Report of the King Institute of Preventive Medicine, Guindy
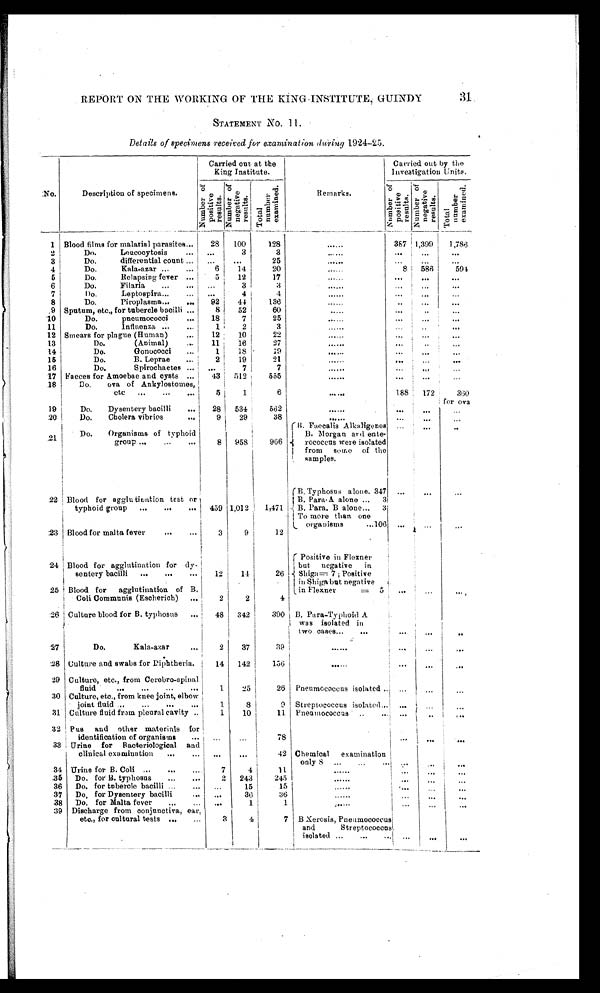
REPORT ON THE WORKING OF THE KING-INSTITUTE, GUINDY
STATEMENT No. 11.
Details of specimens received for examination during 1924-25.
Carried out at the
King Institute.
Investigation
Carried out by the
Units.
No.
Description of specimens.
N u m b e r o f p o s i t i v e r e s u l t s . N u m b e r o f n e g a t i v e r e s u l t s .
T o t a l n u m b e r e x a m i n e d .
Remarks.
N u m b e r o f p o s i t i v e r e s u l t s . N u m b e r o f n e g a t i v e r e s u l t s .
T o t a l n u m b e r e x a m i n e d .
1 Blood films for malarial parasites . . . 28 100
128
. . .
387 1,399 1,786
2
Do. Leucocytosis . . .
. . . 3
3
. . .
. . . . . . . . .
3
Do. differential count ... ...
. . . 25
. . .. . . . . .
. . .
4
Do. Kala-azar . . .
6 14
20
. . . 8 586
5 9 4
5
Do. Relapsing fever . . .
5 12
17
. . . . . . . . . . . .
6
Do. Filaria . . . . . .
3
3
. . .. . . . . . . . .
7
Do. Leptospira . . .
. . . 4
4
. . .. . . . . . . . .
8
Do. Piroplasma . . . 92 44
136
. . . . . . . . . . . .
9 Sputum, etc., for tubercle bacilli . . .
8 52
60
. . .
. . . . . . . . .
10
Do. pneumococci
. . . 18 7
25
. . .. . . . . . . . .
11
Do. Influenza . . .
1
2
3
. . .. . . . . .
. . .
12 Smears for plague (Human) . . . 12 10
22
. . .. . . . . . . . .
13
Do. (Animal) . . . 11 16
27
. . .. . . . . . . . .
14
Do. Gonococci . . .
1 18
19
. . . . . . . . .
15
Do. B. Leprae . . .
2 19
21
. . .. . . . . . . . .
16
Do. Spirochaetes. . . . . .
7
7
. . .. . . . . . . . .
17 Faeces for Amoebae and cysts . . . 43 512 555
. . .. . . . . .
. . .
18
Do. ova of Ankylostomes,
etc . . .
5
1
6 . . .
188 172
360
19
Do. Dysentery bacilli . . . 28 534 562
. . . . . . . . .
f o r o v a
f
20
Do. Cholera vibrios . . .
9 29
38
. . .
. . . . . .
. . .
2 1
Do. Organisms of typhoid
group . . .
8 958
966
B. Faecalis Alkaligenes
B. Morgan and ente-
rococcus were isolated
from some of the
samples.
. . .
. . .
. . .
22 Blood for agglutination test or
typhoid group . . . 459 1,012
1 , 4 7 1
B. Typhosus alone. 347
B. Para. A alone . . . 3
B. Para. B alone. . . 3
To more than one
organisms . . . 106
. . . . . . . . .
23 Blood for malta fever . . .
3
9
12
. . . . . . .
. . .
24 Blood for agglutination for dy-
sentery bacilli . . .
12 14
26
Positive in Flexner
but negative in
Shiga = 7; Positive
in Shiga but negative
in Flexner
= 5.
. . .
. . .
. . .
25 Blood for agglutination of B.
Coli Communis (Escherich) . . .
2
2
4
. . . . . . . . .
26 Culture blood for B. typhosus . . . 48 342
390 B. Para-Typhoid A
was isolated in
two cases. . .
. . .
. . . . . .
. . .
27
Do. Kala-azar . . . 2 37
39
. . .
. . .
. . .
28 Culture and swabs for Diphtheria.
14 142
156 . . .
. . .
. . .
. . .
29 Culture, etc., from Cerebro-spinal
fluid . . . 1 25
26 Pneumococcus isolated . . . . . .
. . . . . .
30 Culture, etc., from knee joint, elbow
j oi nt fl ui d . . .
1
8
9 Streptococcus isolated . . . . . .
. . . . . .
31 Culture fluid from pleural cavity . . .
1 10
11 Pneumococcus . . .
. . .
. . . . . .
32 Pus and other materials for
identification of organisms . . . . . .
. . .
78
.
. . .
. . .
. . .
33 Urine for Bacteriological and
clinical examination . . . . . .
. . .
42 Chemical examination
only 8 . . .
34 Urine for B. Coli ...
7
4
11
. . . . . .
. . .
. . . . . .
35 Do. for B. typhosus . . . 2 243
245
. . .
. . .
. . . . . .
36 Do. for tubercle bacilli . . . . . .
15
15
. . . . . . . . .
. . .
37 Do. f o r D y s e n t e r y b a c i l l i . . . . . .
36
36
. . .
. . .
. . . . . .
38 Do. for Malta fever . . .
. . .
1
1
. . .
. . . . . .
. . .
39 Discharge from conjunctiva, ear,
etc., for cultural tests . . .
3
4
7 B Xerosis, Pneumococcus
and Streptococcus
isolated . . .
. . .
. . .
. . .